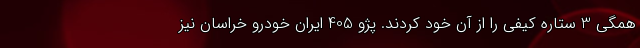
همگی 3 ستاره کیفی را از آن خود کردند. پژو 405 ایران خودرو خراسان نیز